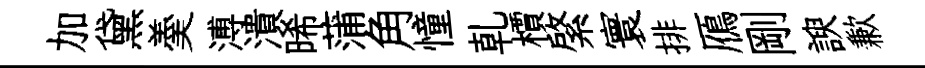
加黛羮溥潰晞蒲角憧乹檟綮寰排鴈剛諛歉